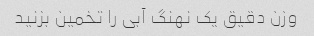
وزن دقیق یک نهنگ آبی را تخمین بزنید